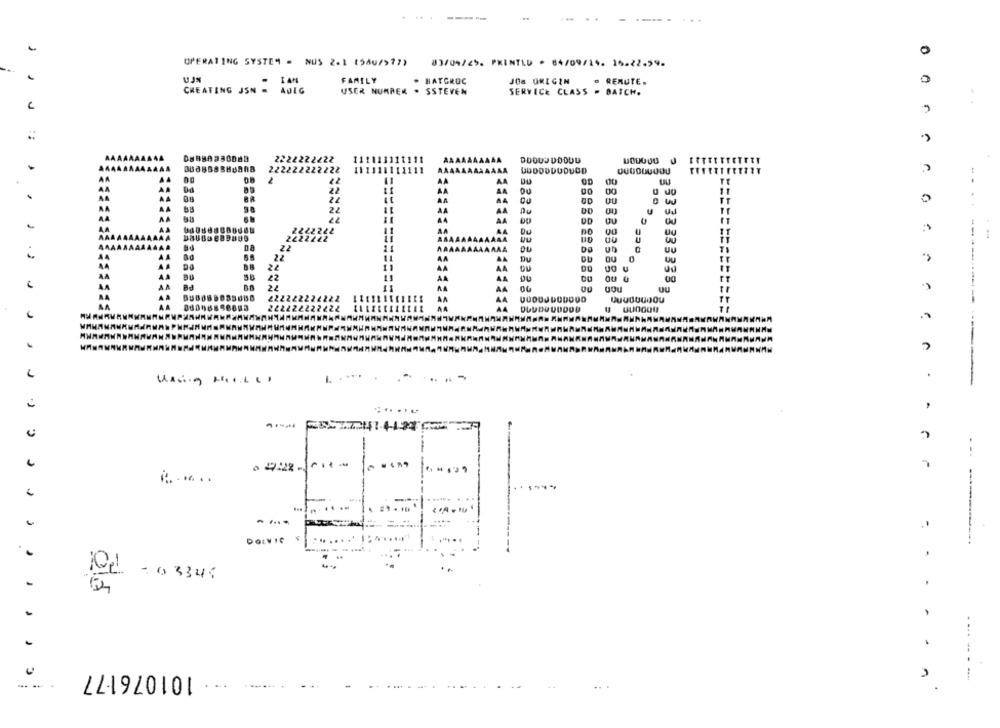
0
OPERATING SYSTEM = NUS 2.1 (540/>77)
83/04/25. PRINTED · 84/09/14. 15.22.59.
IAM
FAMILY
. HATGROC
a RERUTE.
0
CHEATING JSN .
ADIG
USER NUMRER . SSTEVEN
SERVICE CLASS . BATCH.
..
J
2222222222
222222222222
DDDDDDUDUOD
OD
00
TT
0
DD
DU
IT
5.53
DU
DU
OU
ou U
Using HILLS.
-
i ........
DOLVIC
RL -0 3345
101076177
...